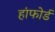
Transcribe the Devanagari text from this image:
हांफोर्ड